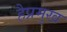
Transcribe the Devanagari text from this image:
हैप्रमुख